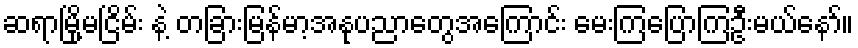
ဆရာမြို့မငြိမ်း နဲ့ တခြားမြန်မာ့အနုပညာတွေအကြောင်း မေးကြပြောကြဦးမယ်နော်။